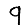
Digit: 9